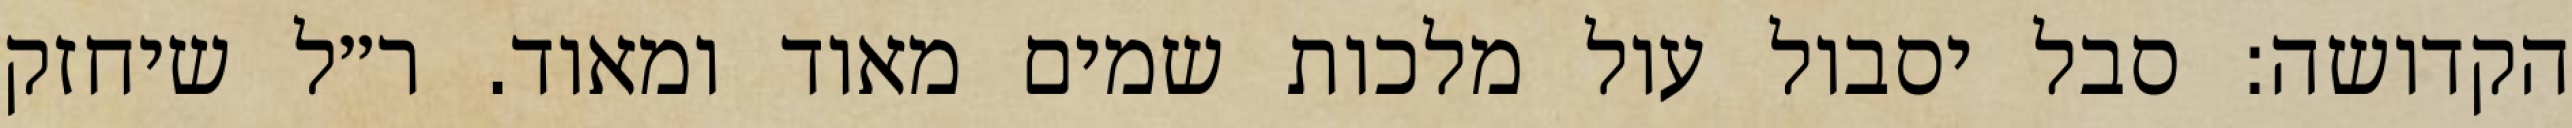
הקדושה: סבל יסבול עול מלכות שמים מאוד ומאוד. ר״ל שיחזק